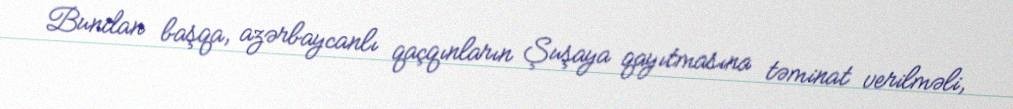
Bundan başqa, azərbaycanlı qaçqınların Şuşaya qayıtmasına təminat verilməli,